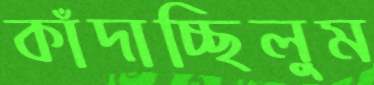
কাঁদাচ্ছিলুম